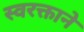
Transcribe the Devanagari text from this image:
स्‍वरक्ताने